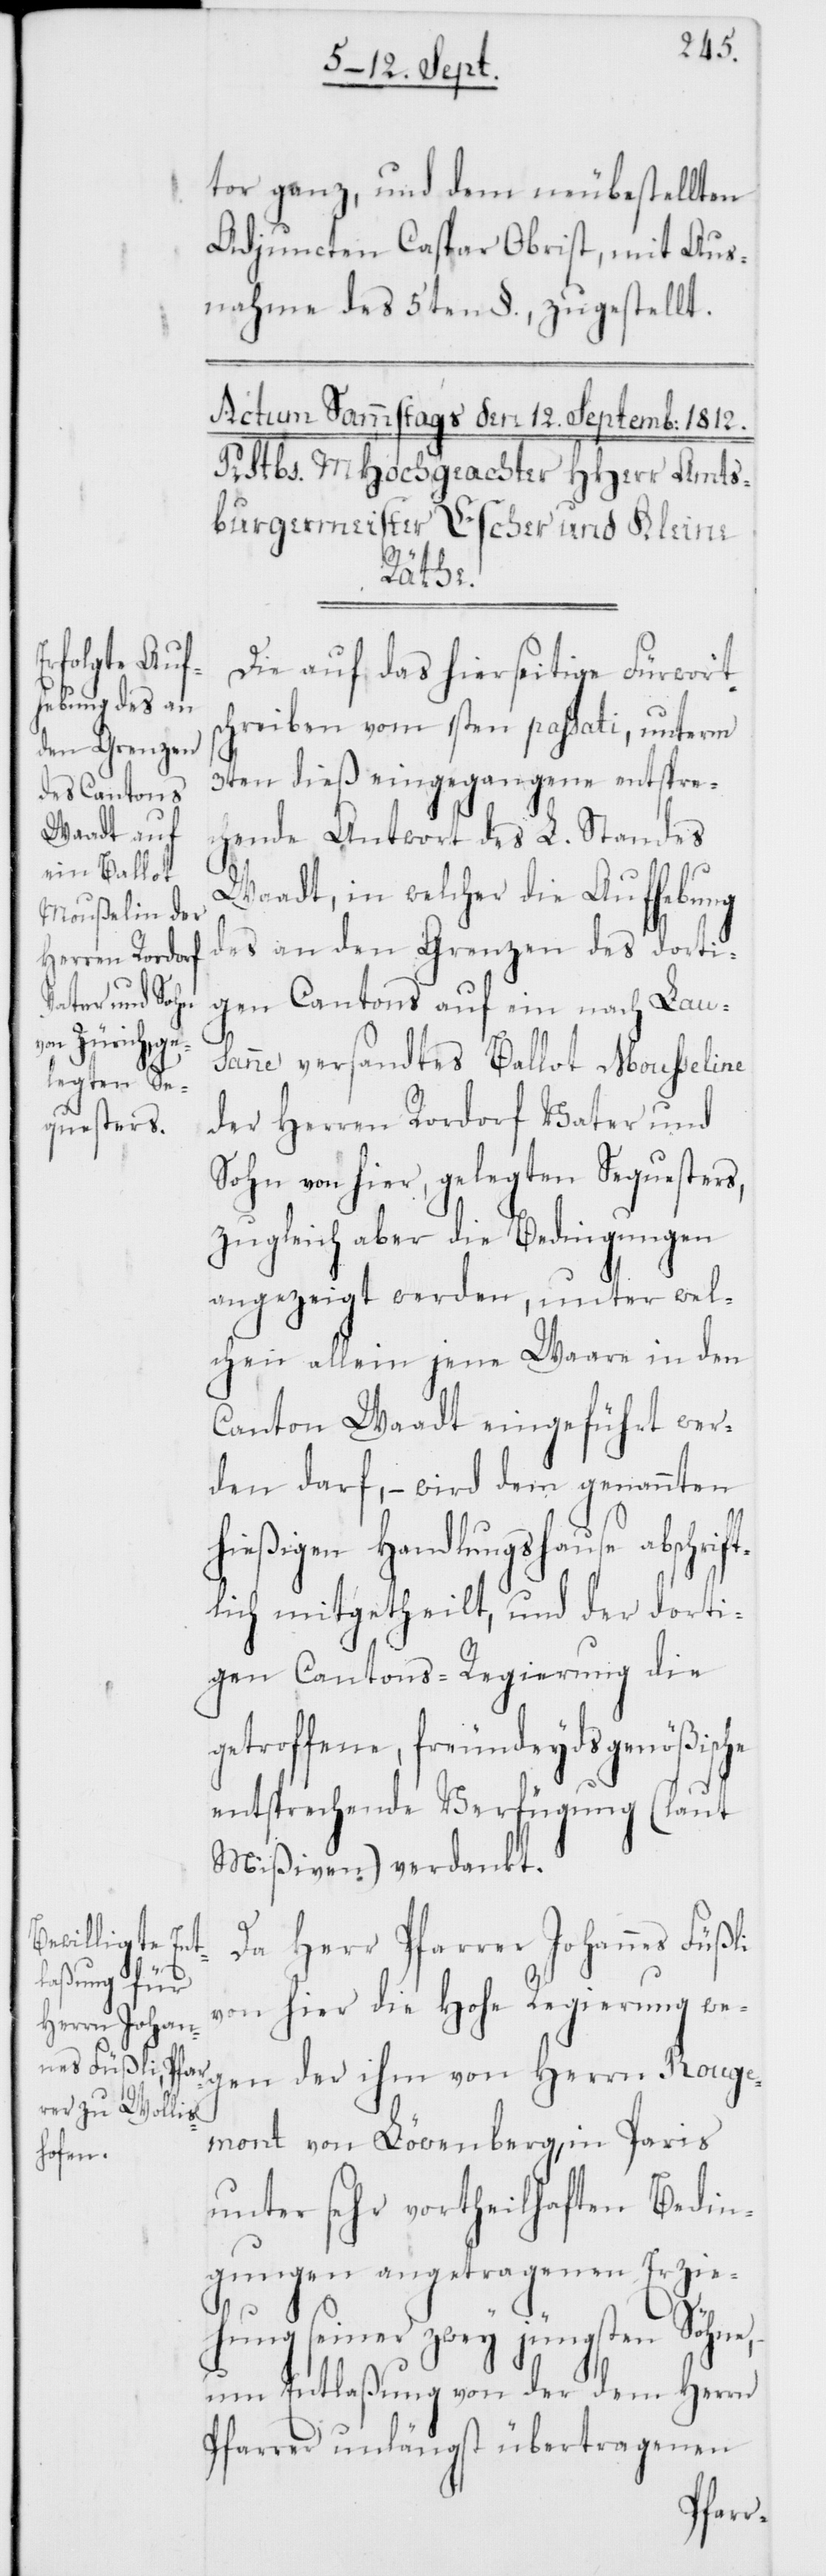
tor ganz, und dem neubestellten
Adjuncten Caspar Obrist, mit Aus¬
nahme des 5ten §. zugestellt.
Die auf das hierseitige Fürwort¬
schreiben vom 1sten passati, unterm
3ten dieß eingegangene entspre¬
chende Antwort des L. Standes
Waadt, in welcher die Aufhebung
des an den Grenzen des dorti¬
gen Cantons auf ein nach Laus¬
anne versandtes Ballot Mousseline
der Herren Rordorf Vater und
Sohn von hier, gelegten Sequesters,
zugleich aber die Bedingungen
angezeigt werden, unter wel¬
chen allein jene Waare in den
Canton Waadt eingeführt wer¬
den darf, – wird dem genannten
hießigen Handlungshause abschrif¬
tlich mitgetheilt, und der dorti¬
gen Cantons-Regierung die
getroffene, freundeydsgenößische
entsprechende Verfügung (laut
Mißiven) verdankt.
Da Herr Pfarrer Johannes Füßli
von hier die Hohe Regierung we¬
gen der ihm von Herrn Rouge¬
mont von Löwenberg, in Paris
unter sehr vortheilhaften Bedin¬
gungen angetragenen Erzie¬
hung seiner zwey jüngsten Söhne,
um Entlaßung von der dem Herrn
Pfarrer unlängst übertragenen